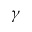
\gamma